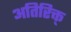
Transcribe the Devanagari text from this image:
अतिरिक्त्